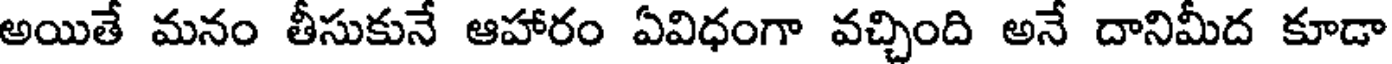
అయితే మనం తీసుకునే ఆహారం ఏవిధంగా వచ్చింది అనే దానిమీద కూడా